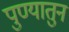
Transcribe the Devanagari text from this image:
पुण्यातुन